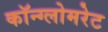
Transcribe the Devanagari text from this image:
कॉन्ग्लोमरेट